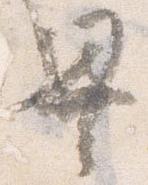
異